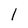
Character: 1